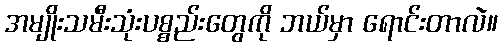
အမျိုးသမီးသုံးပစ္စည်းတွေကို ဘယ်မှာ ရောင်းတာလဲ။